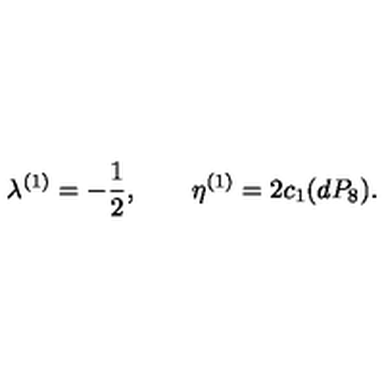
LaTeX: \lambda ^ { ( 1 ) } = - \frac { 1 } { 2 } , \qquad \eta ^ { ( 1 ) } = 2 c _ { 1 } ( d P _ { 8 } ) .